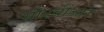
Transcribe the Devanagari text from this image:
सीएबीआर